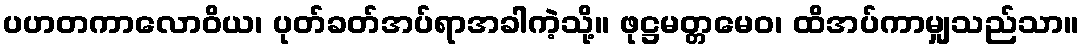
ပဟတကာလောဝိယ၊ ပုတ်ခတ်အပ်ရာအခါကဲ့သို့။ ဖုဋ္ဌမတ္တမေဝ၊ ထိအပ်ကာမျှသည်သာ။